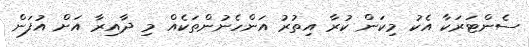
ސެންޓަރަކާ އެކު މިކަން ކުރާ އިތުރު އަންހެނުންތަކެއް މި ދާއިރާ އަށް އުފަން